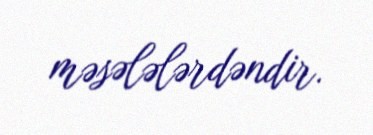
məsələlərdəndir.